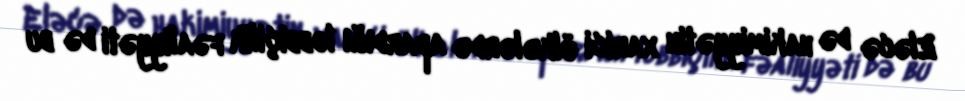
Eləcə də hakimiyyətin xarici ölkələrdə apardığı lobbiçilik fəaliyyəti də bu